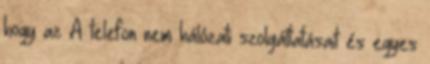
hogy az A telefon nem hálózati szolgáltatásait és egyes